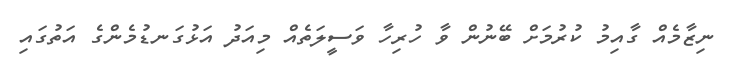
ނިޒާމެއް ގާއިމު ކުރުމަށް ބޭނުން ވާ ހުރިހާ ވަސީލަތެއް މިއަދު އަޅުގަނޑުމެންގެ އަތުގައި